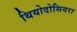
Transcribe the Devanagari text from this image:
थियोदोसियरा